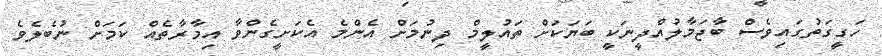
ހަގީގަތުގައިވެސް ބާޖަމާލުއްދީނަކީ ބަޔަކަށް ތައުލީމް ދިނުމަށް އެންމެ އެކަށީގެންވާ އިމާރާތެއް ކަމަށް ނުބެލެވެ